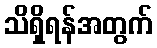
သိရှိရန်အတွက်